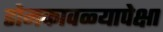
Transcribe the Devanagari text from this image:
डोमकावळ्यापेक्षा